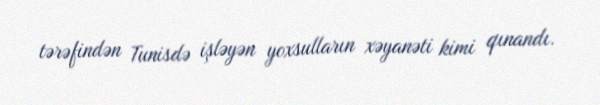
tərəfindən Tunisdə işləyən yoxsulların xəyanəti kimi qınandı.